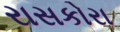
રાસકોરા